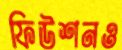
ফিউশনও